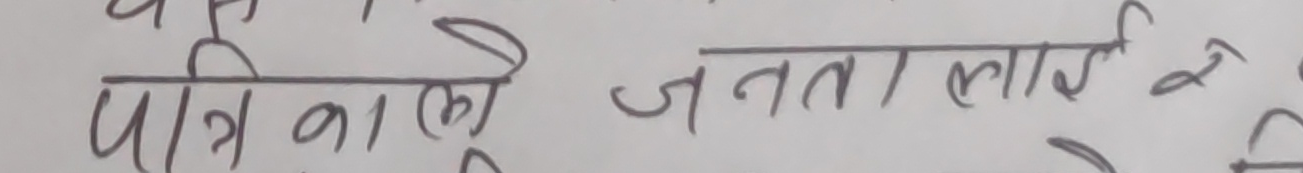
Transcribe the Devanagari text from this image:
पत्र निकाले, जनतालाई रे ?